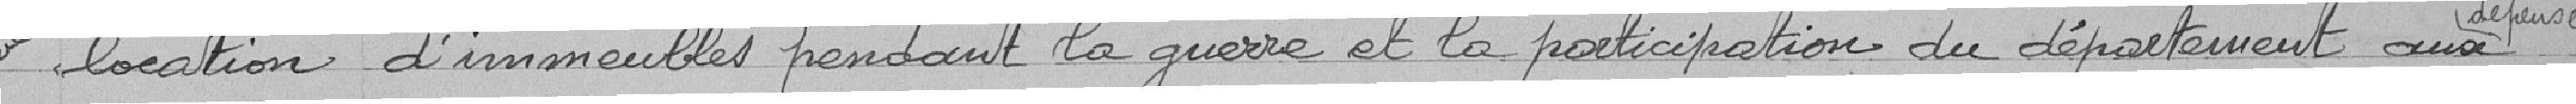
location d'immeubles pendant la guerre et la participation du département aux dépenses